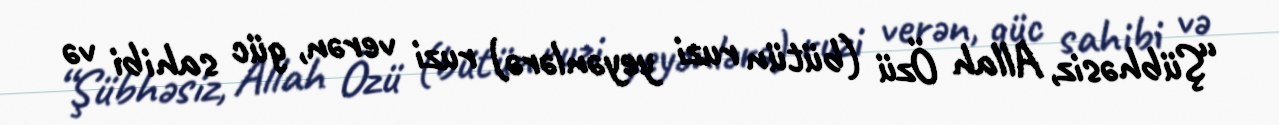
“Şübhəsiz, Allah Özü (bütün ruzi yeyənlərə) ruzi verən, güc sahibi və